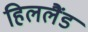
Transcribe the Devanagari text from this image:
हिललैंड